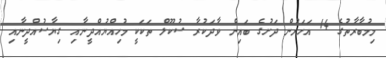
މިމުބާރާތުގެ 14 އަހަރުން ދަށުގެ ބައިން ވާދަކުރާ ސުކޫލް ތަކަކީ މުހިއްޔުއްދީނާއި ގިޔާސުއްދީނާއި